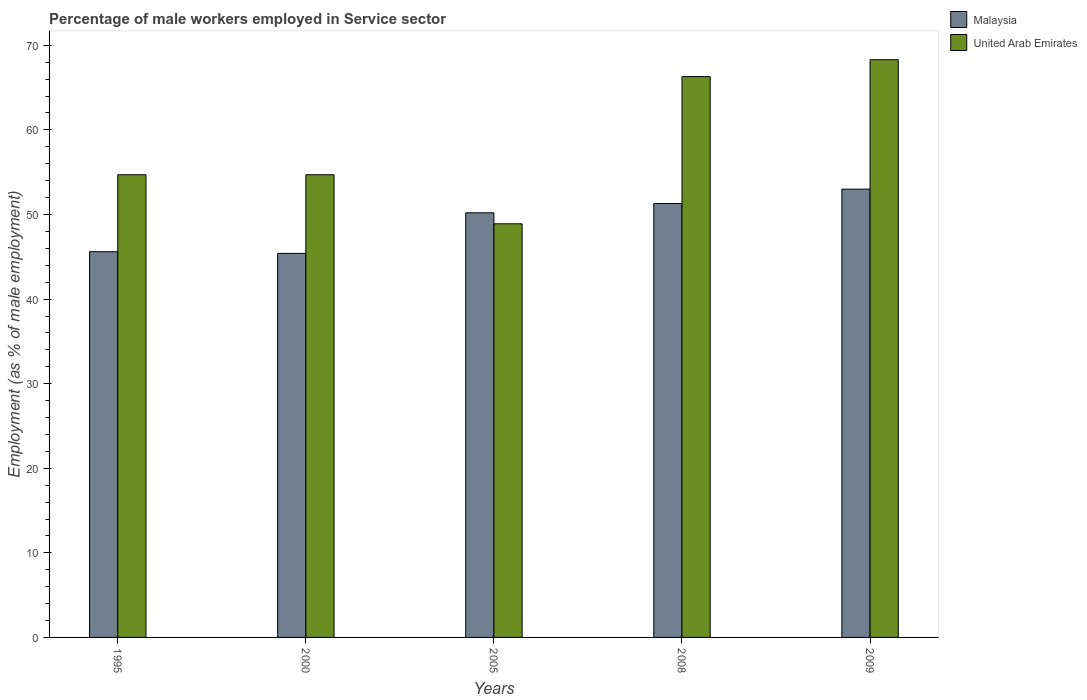
| Years | Malaysia | United Arab Emirates |
 | --- | --- | --- |
 | 1995 | 45.6 | 54.7 |
 | 2000 | 45.4 | 54.7 |
 | 2005 | 50.2 | 48.9 |
 | 2008 | 51.3 | 66.3 |
 | 2009 | 53 | 68.3 |